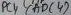
Text: ADC4